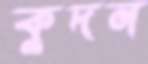
কুদন